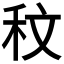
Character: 𮂹